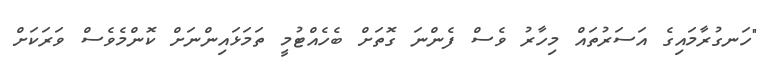
"ހަނގުރާމައިގެ އަސަރުތައް މިހާރު ވެސް ފެންނަ ގޮތަށް ބެހެއްޓުމީ ތަމަޅައިންނަށް ކޮންމެވެސް ވަރަކަށް